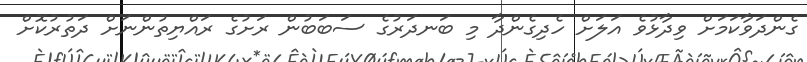
ގެންދަވާކަމަށް ވިދާޅުވެ އަލަށް ހެދިގެންދާ މި ބަނދަރުގެ ސަބަބުން ރަށުގެ ރައްޔިތުންނަށް ދަތުރުކޮށް